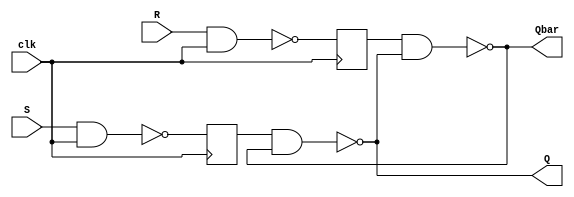
module MOD_IS_CMBL (S,R,clk,Q,Qbar);
   input S;
   input R;
   input clk;
   output Q;
   output Qbar;
   reg M,N;

   always @(posedge clk) begin
      M <= !(S & clk);
      N <= !(R & clk);
   end
   assign Q = !(M & Qbar);
   assign Qbar = !(N & Q);

endmodule